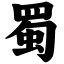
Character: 蜀